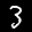
Label: 3